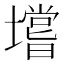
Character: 𰊺